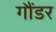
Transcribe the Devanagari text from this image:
गौंडर